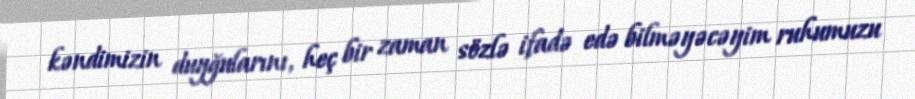
kəndimizin duyğularını, heç bir zaman sözlə ifadə edə bilməyəcəyim ruhumuzu